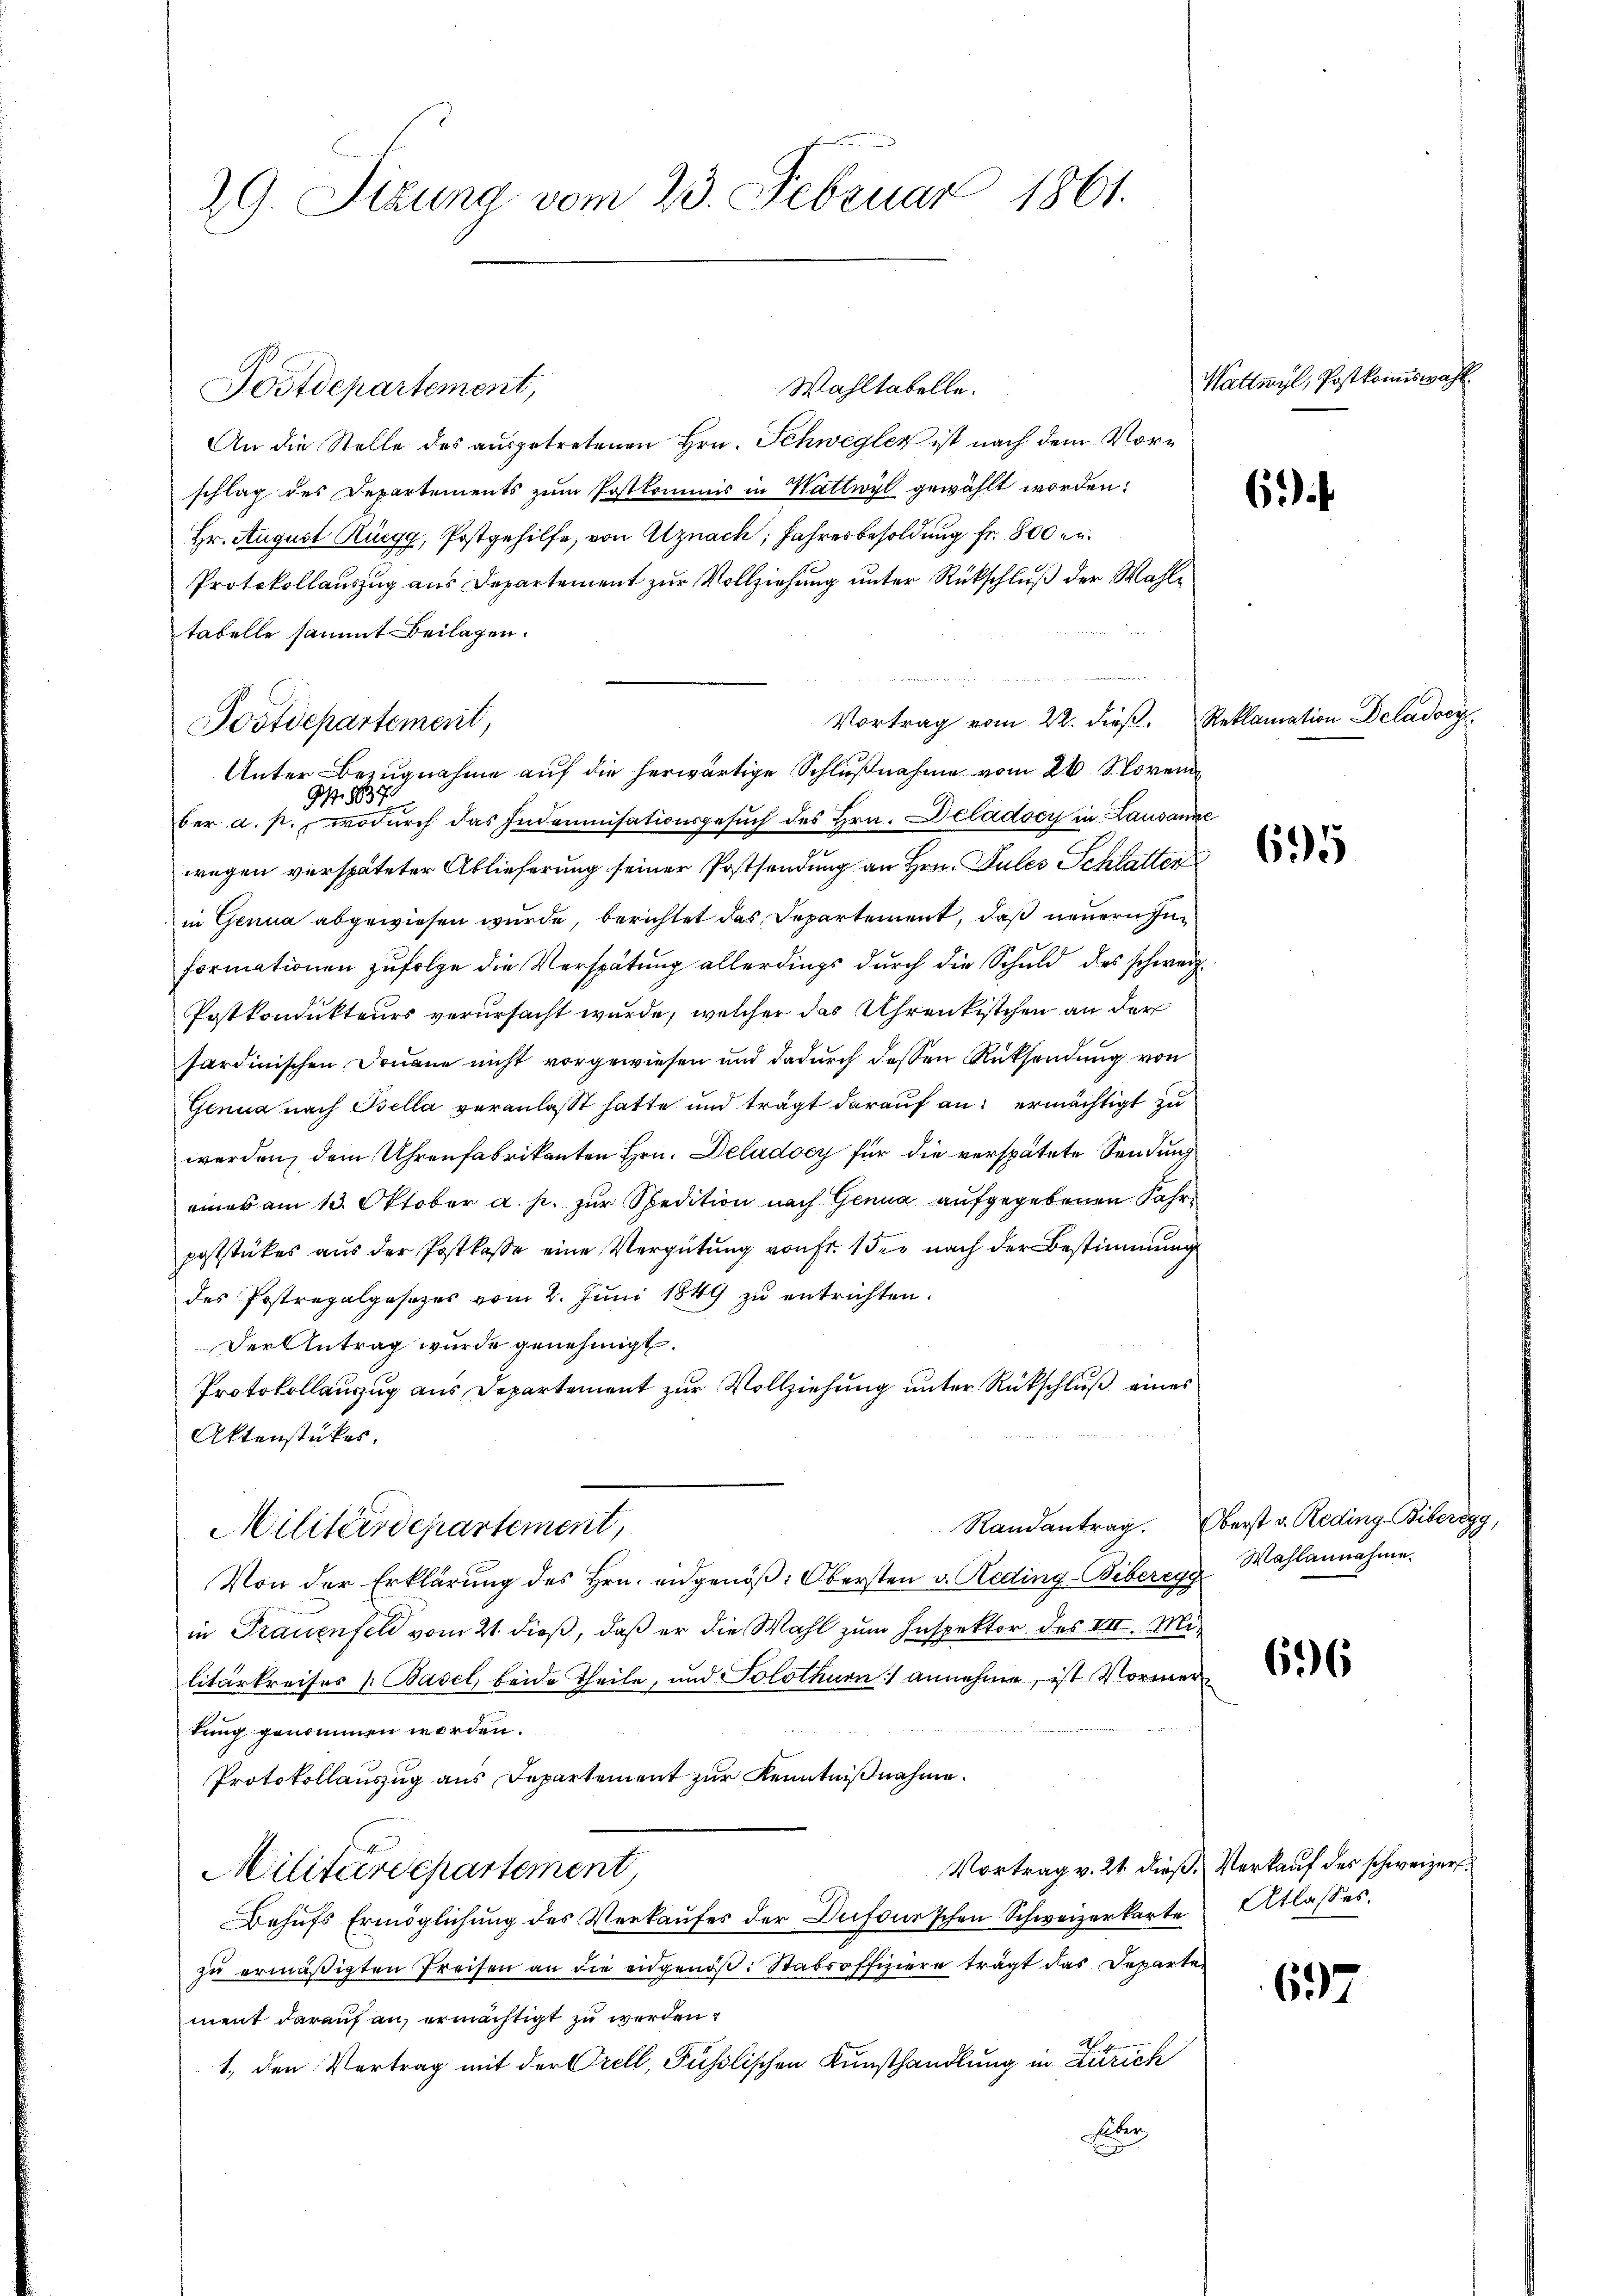
29. Sitzung vom 23. Februar 1861.

Wahltabelle.
An die Stelle des ausgetretenen Hrn. Schwegler ist nach dem Vorschlag des Departements zum Postkommis in Wattwyl gewählt worden:
Hr. August Rüegg, Postgehilfe, von Alznach, Jahresbesoldung fr. 800 er
Protokollauszug aus Departement zur Vollziehung unter Rückschluß der Wahltabelle sammt Beilagen.
Vortrag vom 22. dieβ, Reklamation Deladocy¬
Unter Bezugnahme auf die herwärtige Schlußnahme vom 26. Novem
G. 8837.
ber a. p., wodurch das Indemnisationsgesŭch des Hrn. Deladocy in Lausanze
wegen verspäteter Ablieferung seiner Postsendung an Hrn. Pules Schlatter
in Genua abgewiesen wurde, berichtet das Departement, daß neuern Informationen zufolge die Verspätung allerdings durch die Schuld des schweiz.
Postkondukteurs verursacht wurde, welcher das Uhrenkistchen an der
sardinischen Douane nicht vorgewiesen und dadurch dessen Rüksendung von
Genua nach Bella veranlaßt hatte und trägt darauf an: ermächtigt zu
werden, dem Uhrenfabrikanten Hrn. Delade für die verspätete Sendung
eines am 13. Oktober a. p. zur Spedition nach Genua aufgegebenen Fahrpoststückes aus der Postkasse eine Vergütung von Fr. 1 der nach der Bestimmung
des Postrapalgesezes vom 2. Jŭni 1849 zŭ entrichten.
Der Antrag wurde genehmigt.
Protokollauszug aus Departement zur Vollziehung unter Rückschluß eines
Aktenstückes.
Militärdepartement,
Von der Erklärung des Hrn. angenöβ: Obersten v. Reding-Biberegg Wahlannahme.
in Frauenfeld vom 21. dieß, daß er die Wahl zum Inspektor des VII. Militärkreises Basel, beide Theile, und Solothurn) annehme, ist Vormertung genommen worden.
Protokollauszug aus Departement zur Kenntnißnahme.
Vortrag v. 21. dieß, Verkauf des schweizer¬
Militärdepartement
Behŭfs Ermöglichung des Verkaufes der Dufourschen Schweizerkarte Atlasses.
zu ermäßigten Preisen an die eidgenöß: Stabsoffiziere trägt das Departe.
ment darauf an, ermächtigt zu werden.
1. den Vertrag mit der Orell, Füßlischen Kunsthandlung in Zürich
Feber
e

Postdepartement,

Postdepartement,

Randantrag. Oberst v. Reding-Biberegg,

Wattwyl, Postkommiswahl.

6

695

606

697